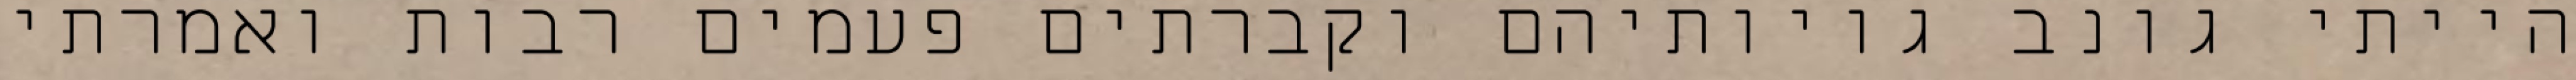
הייתי גונב גויותיהם וקברתים פעמים רבות ואמרתי